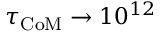
\tau _ { \mathrm { C o M } } \to 1 0 ^ { 1 2 }